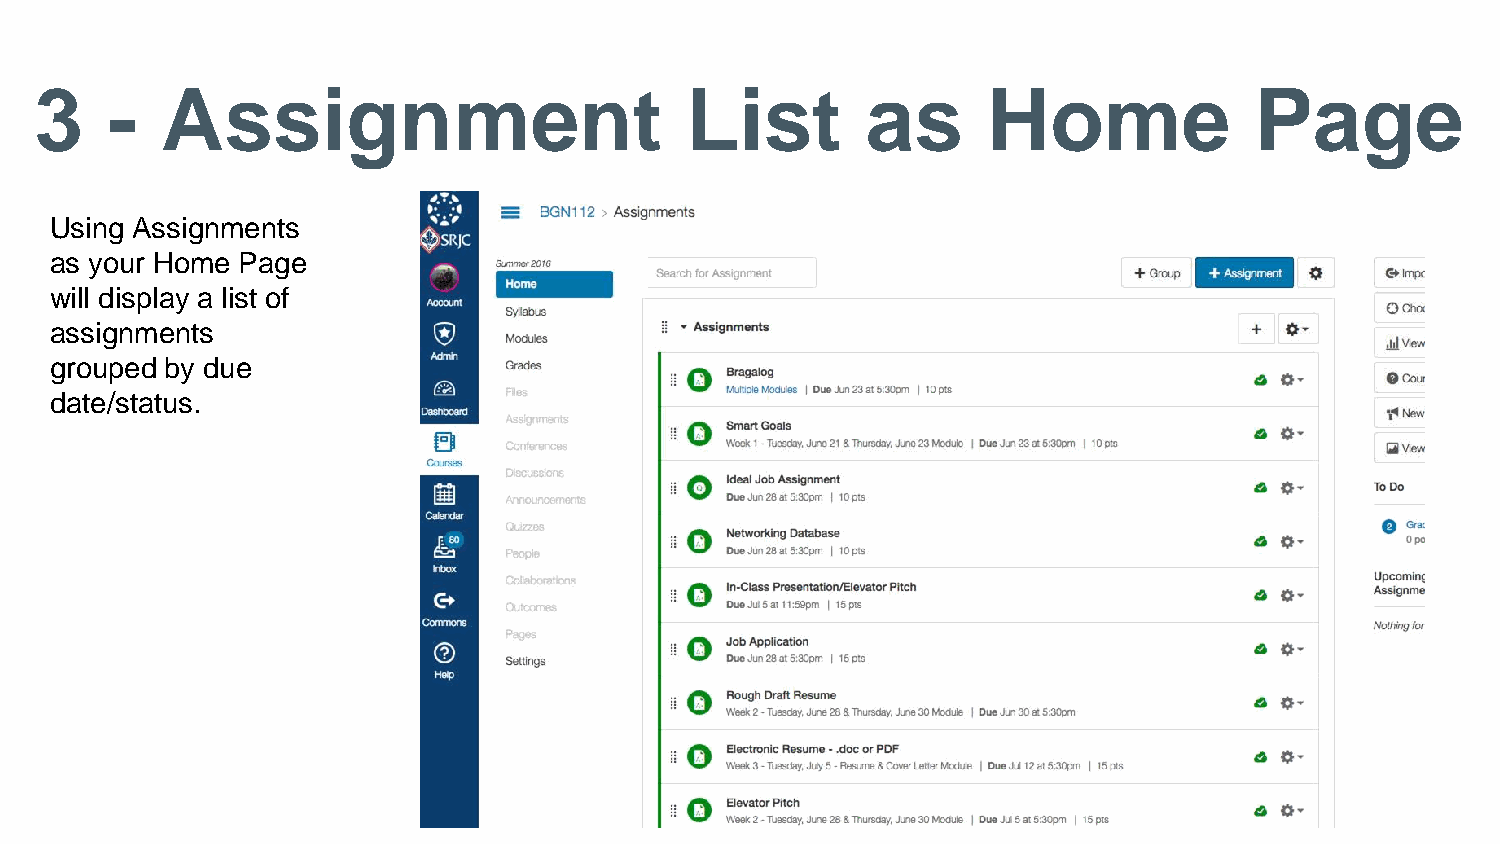
3    -   Assignment                        List        as      Home              Page
 Using Assignments
 as your Home Page
 will display a list of
 assignments
 grouped by due
 date/status.